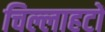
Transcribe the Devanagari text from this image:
चिल्लाहटों